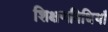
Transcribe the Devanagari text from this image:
शिक्षणविधियाँ